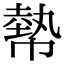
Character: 𢄢